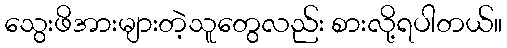
သွေးဖိအားများတဲ့သူတွေလည်း စားလို့ရပါတယ်။